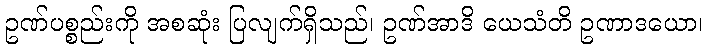
ဥဏ်ပစ္စည်းကို အစဆုံး ပြလျက်ရှိသည်၊ ဥဏ်အာဒိ ယေသံတိ ဥဏာဒယော၊